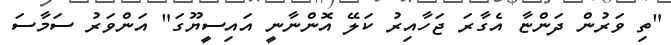
"ތި ވަރުން ދަންޏާ އެގާރަ ޖަހާއިރު ކަލޭ އޮންނާނީ އައިސީޔޫގަ" އަންވަރު ސަމާސަ